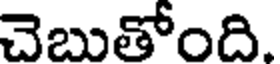
చెబుతోంది.